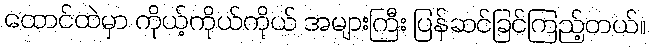
ထောင်ထဲမှာ ကိုယ့်ကိုယ်ကိုယ် အများကြီး ပြန်ဆင်ခြင်ကြည့်တယ်။